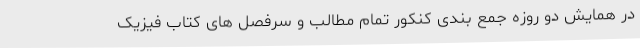
در همایش دو روزه جمع بندی کنکور تمام مطالب و سرفصل های کتاب فیزیک